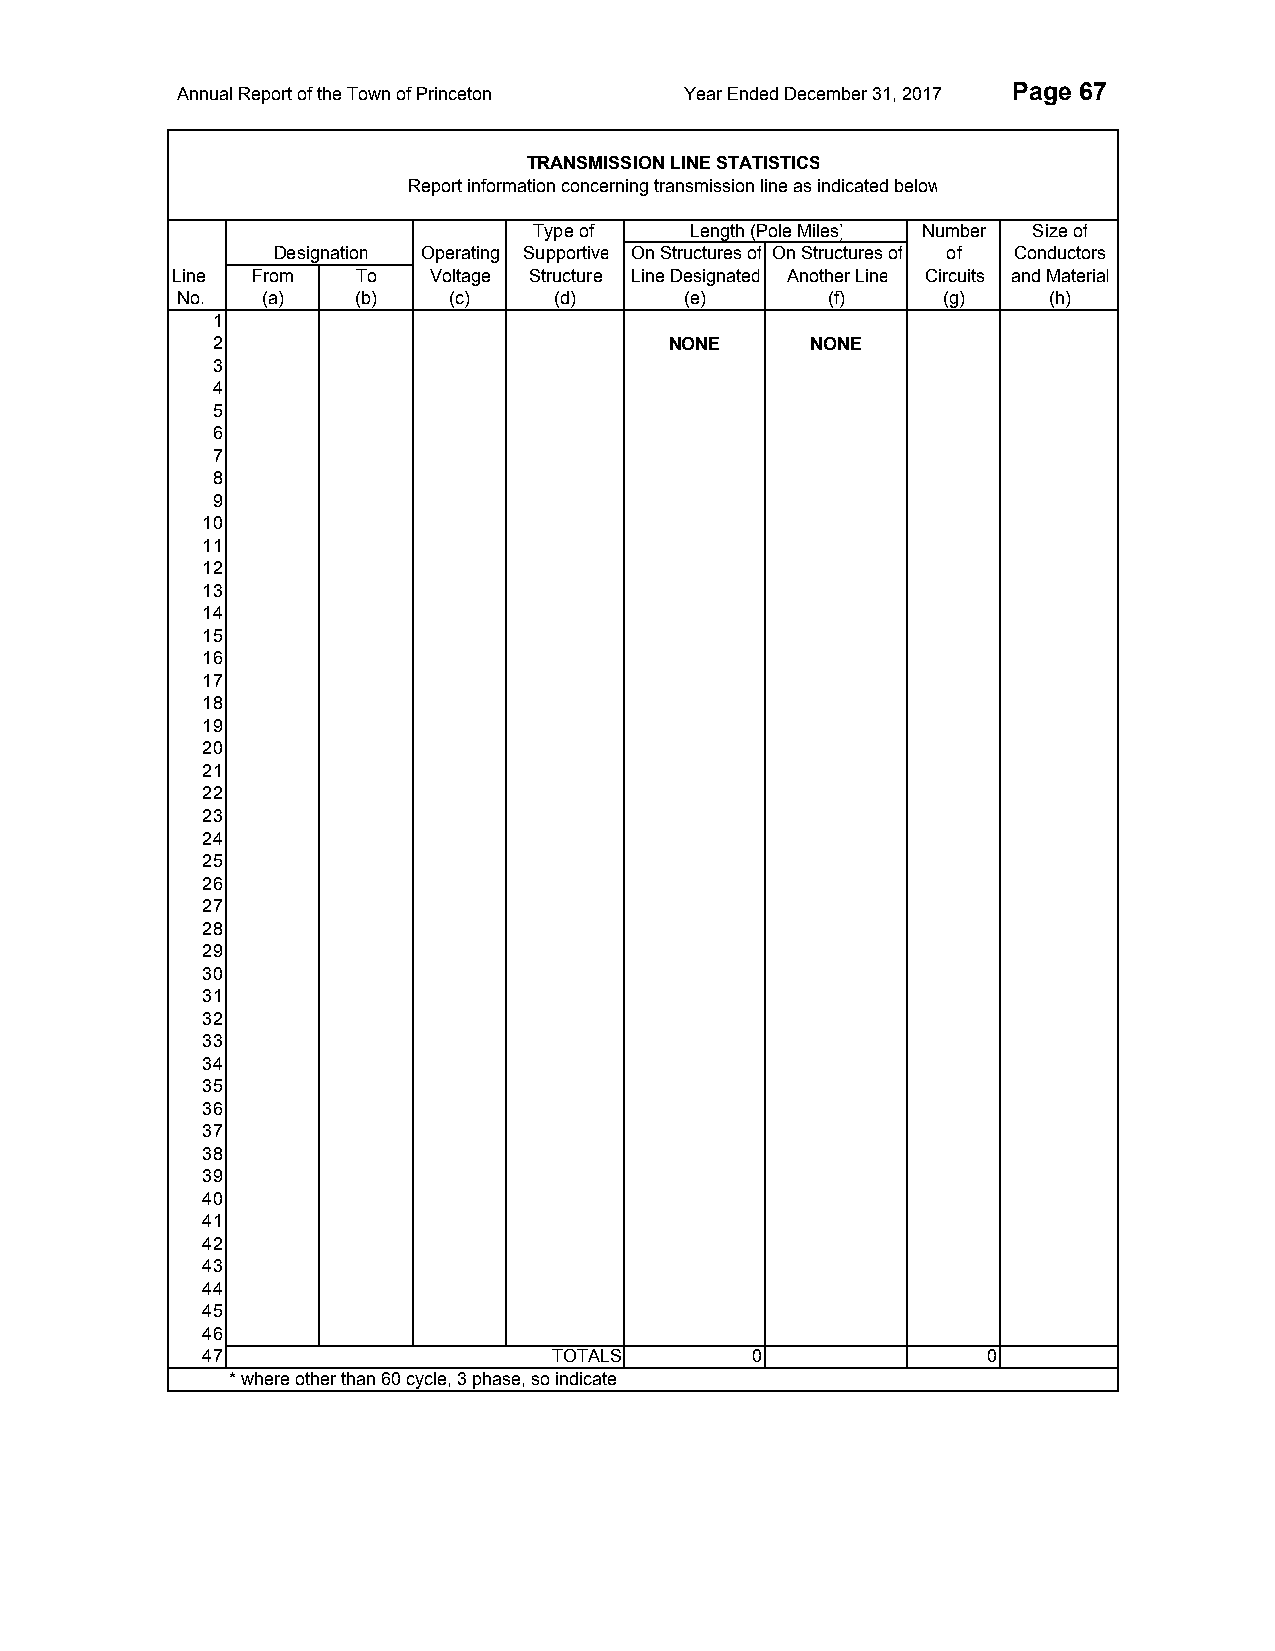
Annual Report of the Town of Princeton Year Ended December 31, 2017 Page 67
 TRANSMISSION LINE STATISTICS
 Report information concerning transmission line as indicated below
 Type of    Length (Pole Miles) Number Size of
 Designation Operating Supportive On Structures of On Structures of of Conductors
 Line  From   To  Voltage Structure Line Designated Another Line Circuits and Material
 No.  (a)    (b)   (c)    (d)     (e)       (f)    (g)    (h)
 1
 2                             NONE      NONE
 3
 4
 5
 6
 7
 8
 9
 10
 11
 12
 13
 14
 15
 16
 17
 18
 19
 20
 21
 22
 23
 24
 25
 26
 27
 28
 29
 30
 31
 32
 33
 34
 35
 36
 37
 38
 39
 40
 41
 42
 43
 44
 45
 46
 47                      TOTALS       0              0
 * where other than 60 cycle, 3 phase, so indicate